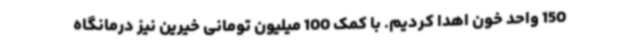
150 واحد خون اهدا کردیم. با کمک 100 میلیون تومانی خیرین نیز درمانگاه